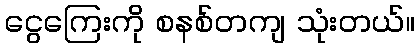
ငွေကြေးကို စနစ်တကျ သုံးတယ်။